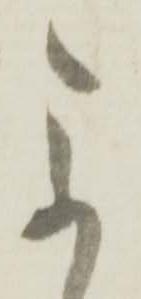
参